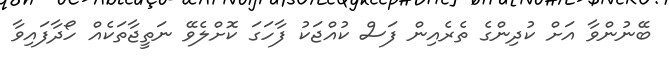
ބޭނުންވާ އަށް ކުދިންގެ ތެރެއިން ފަސް ކުއްޖަކު ފާހަގަ ކޮށްލެވޭ ނަތީޖާތަކެއް ހޯދާފައިވާ